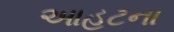
આહટના